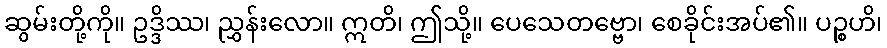
ဆွမ်းတို့ကို။ ဥဒ္ဒိဿ၊ ညွှန်းလော။ ဣတိ၊ ဤသို့။ ပေသေတဗ္ဗော၊ စေခိုင်းအပ်၏။ ပဉ္စဟိ၊